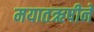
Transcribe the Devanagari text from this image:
मयातऋषीने